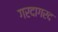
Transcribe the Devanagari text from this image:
गरदागरद